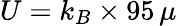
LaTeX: U=k_{B}\times 95\, \mu